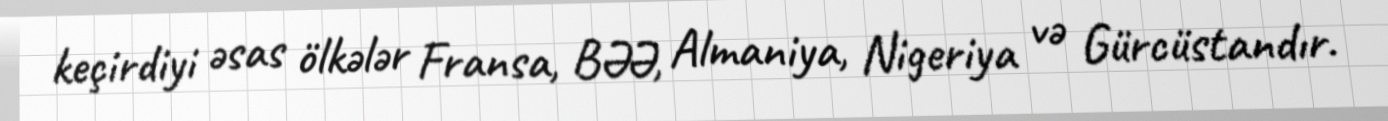
keçirdiyi əsas ölkələr Fransa, BƏƏ, Almaniya, Nigeriya və Gürcüstandır.